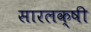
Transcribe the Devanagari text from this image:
सारलक्षी